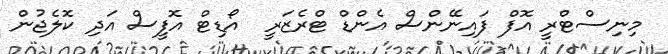
މިނިސްޓްރީ އޮފް ފައިނޭންސް އެންޑް ޓްރެޒަރީ  އޯޑިޓް އޮފީސް އަދި ކޮލެޖުން